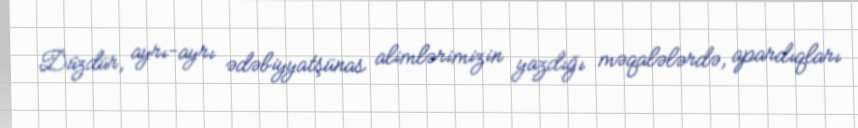
Düzdür, ayrı-ayrı ədəbiyyatşünas alimlərimizin yazdığı məqalələrdə, apardıqları